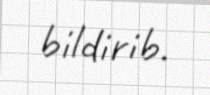
bildirib.